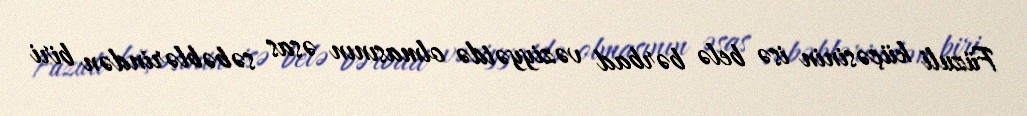
Füzuli küçəsinin isə belə bərbad vəziyyətdə olmasının əsas səbəblərindən biri